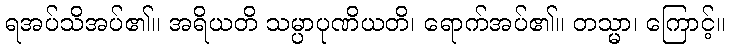
ရအပ်သိအပ်၏။ အရိယတိ သမ္ပာပုဏိယတိ၊ ရောက်အပ်၏။ တသ္မာ၊ ကြောင့်။